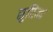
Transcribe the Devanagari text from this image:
सुरिन्द्र